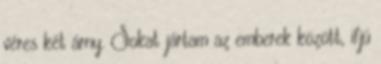
véres két árny. Sokat jártam az emberek között, ifjú